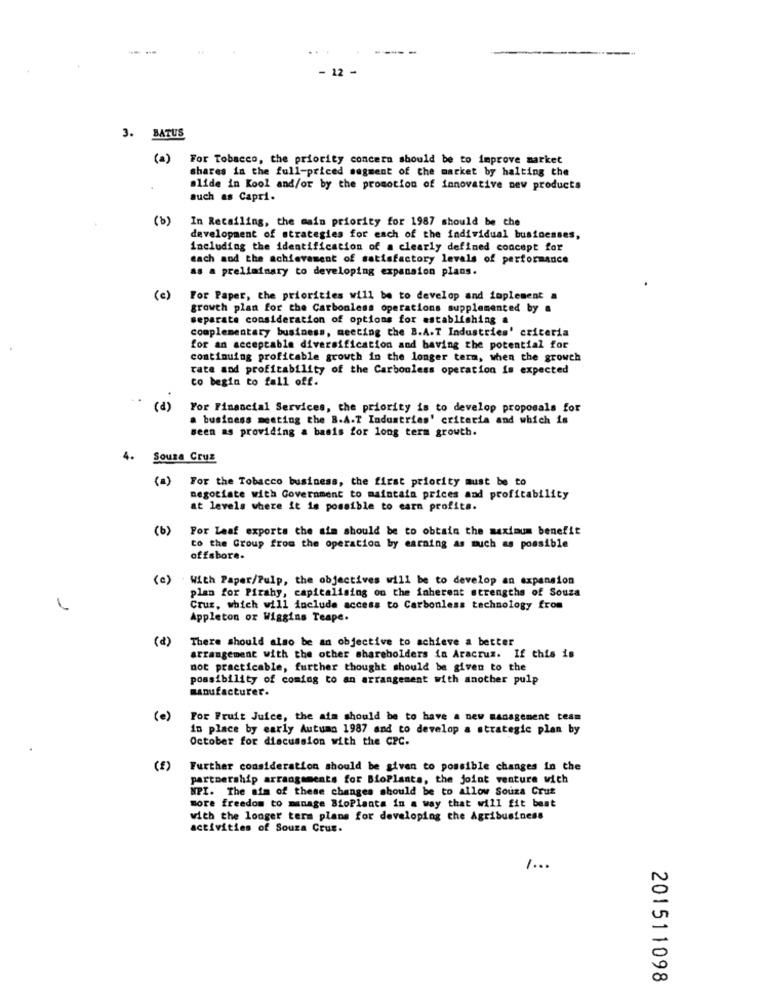
- 22 -
3. BATUS
(2)
For Tobacco, the priority concern should be to improve market
shares in the full-priced segment of the market by halting the
alide in Kool and/or by the promotion of innovative new products
such as Capri.
(b)
In Retailing, the main priority for 1987 should be the
development of strategies for each of the individual businesses,
including the identification of a clearly defined concept for
each aod the achievement of satisfactory levels of performance
as a preliminary to developing expansion plans.
(c)
For Paper, the priorities will be to develop and implement a
growth plan for the Carbonless operations supplemented by a
separate consideration of options for establishing a
complementary business, meeting the B.A.T Industries' criteria
for an acceptable diversification and having the potential for
continuing profitable growth in the longer term, when the growth
rate and profitability of the Carbonless operation is expected
co begin to fall off.
For Financial Services, the priority is to develop proposals for
a business meeting the B.A.T Industries' criteria and which is
seen as providing a basis for long term growth.
4.
Souza Cruz
For the Tobacco business, the first priority must be to
negotiate with Government to maintain prices and profitability
at levels where it is possible to earn profits.
(b)
For Leaf exports the aim should be to obtain the maximum benefit
to the Group from the operation by earning as much as possible
offsbore.
(e)
With Paper/Pulp, the objectives will be to develop an expansion
plan for Pirahy, capitalising on the iaherent strengths of Souza
Cruz, which will include access to Carbonless technology from
Appleton or Wiggins Teape.
(d)
There should also be an objective to achieve a better
arrangement with the other shareholders in Aracruz. If this is
not practicable, further thought should be given to the
possibility of coming to an arrangement with another pulp
manufacturer.
(e )
For Fruit Juice, the aim should be to have a new management team
in place by early Autumn 1987 and to develop a strategic plan by
October for discussion with the CPC.
(E)
Further consideration should be given to possible changes in the
partnership arrangements for BioPlants, the joint venture with
MPI. The aim of these changes should be to allow Souza Crut
more freedom to manage BioPlanta in a way that will fit best
with the longer term plans for developing the Agribusiness
activities of Souza Cruz.
201511098